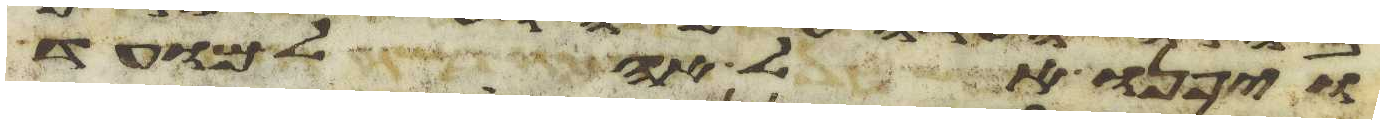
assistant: ויפנו אל אהל מועד